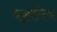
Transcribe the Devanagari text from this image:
यकृतिय